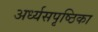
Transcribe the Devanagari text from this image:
अर्ध्यसपृष्ठिका